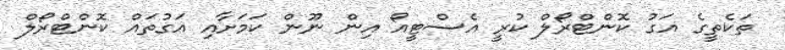
ތަކެތީގެ އަގު ކޮންޓްރޯލް ކުރީ އެސްޓީއޯ އިން ނޫން ކަމަށާއި އަގުތައް ކޮންޓްރޯލް